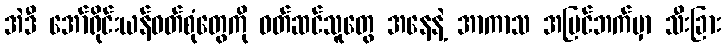
အဲဒီ အော်ရိုင်းယန်ဝတ်စုံတွေကို ဝတ်ဆင်သူတွေ အနေနဲ့ အာကာသ အပြင်ဘက်မှာ သီးခြား